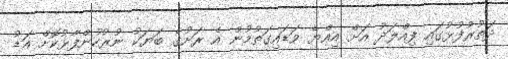
ދަތުރުފުޅުގައި ފިއްލަދު އަށް އިއްޔެ ވަޑައިގަތުމުން އެ ރަށުގެ ބަޔަކު ނުރުހުންފާޅުކޮށް އަޑު